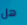
هل